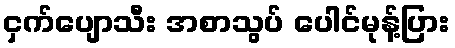
ငှက်ပျောသီး အစာသွပ် ပေါင်မုန့်ပြား